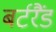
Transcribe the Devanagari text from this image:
बर्टरैंड